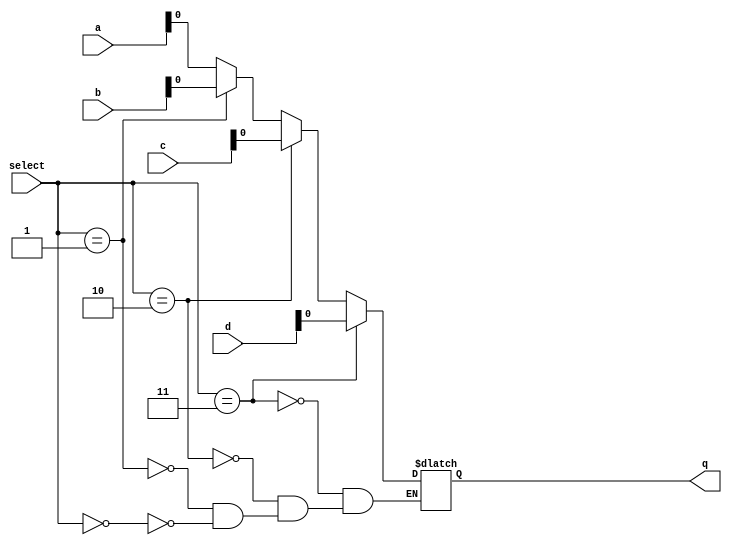
`timescale 1ns / 1ps
//////////////////////////////////////////////////////////////////////////////////
// Company: 
// Engineer: 
// 
// Design Name: 
// Module Name:    mux4 
// Project Name: 
// Target Devices: 
// Tool versions: 
// Description: 
//
// Dependencies: 
//
// Revision: 
// Revision 0.01 - File Created
// Additional Comments: 
//
//////////////////////////////////////////////////////////////////////////////////
module mux3( select,a,b,c,d, q );

input[1:0] select;
input[31:0] a,b,c,d;
output reg q;

wire[1:0] select;
wire[31:0] a,b,c,d;

always @( select or d )
begin
   if( select == 0)
      q = a;

   if( select == 1)
      q = b;

   if( select == 2)
      q = c;

   if( select == 3)
      q = d;
end

endmodule